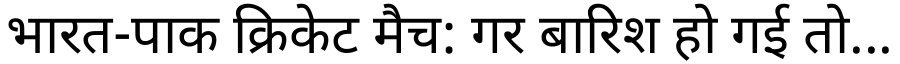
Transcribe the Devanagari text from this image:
भारत-पाक क्रिकेट मैच: गर बारिश हो गई तो...